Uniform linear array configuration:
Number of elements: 48
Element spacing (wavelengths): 0.5
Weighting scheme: cosine
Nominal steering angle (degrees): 45
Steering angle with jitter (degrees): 44.054
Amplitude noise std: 0.05
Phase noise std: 0.05

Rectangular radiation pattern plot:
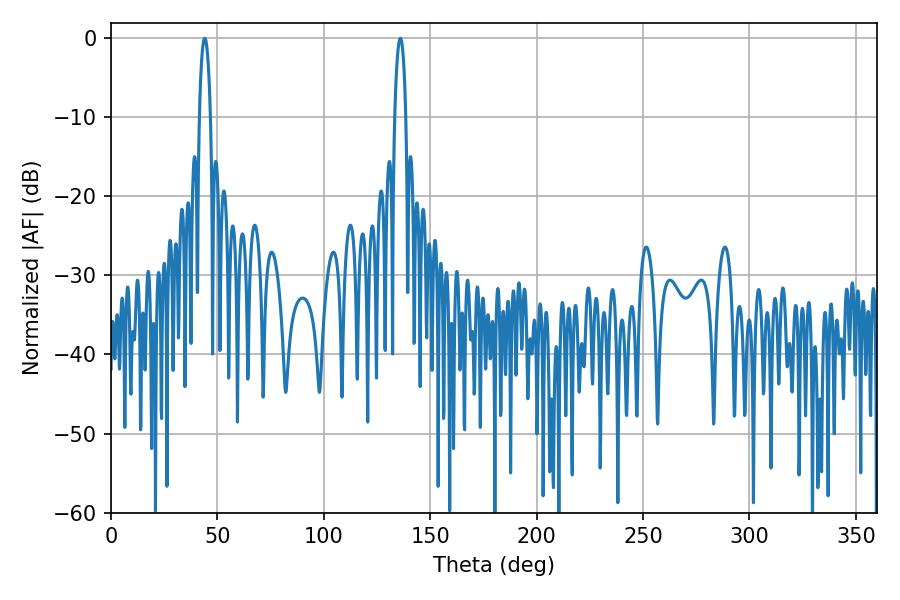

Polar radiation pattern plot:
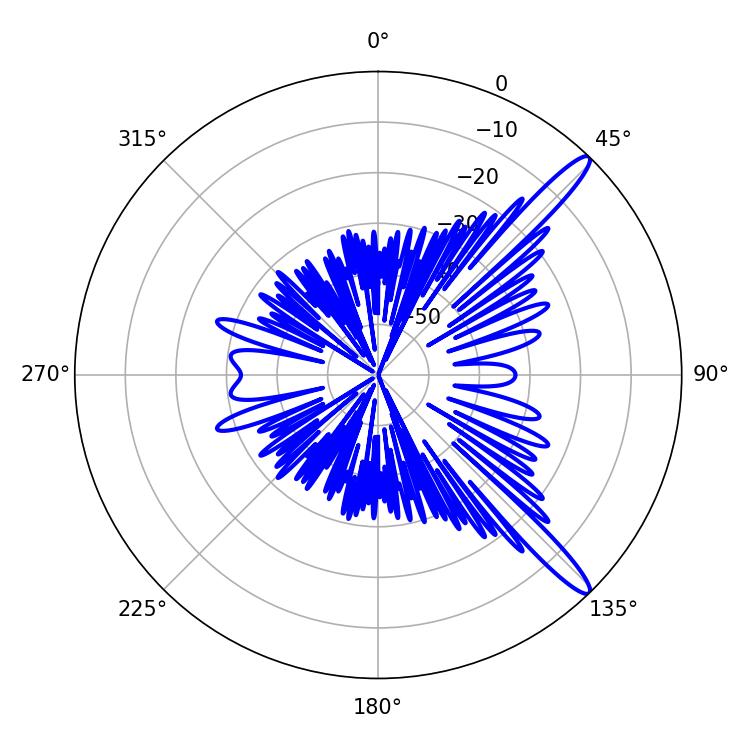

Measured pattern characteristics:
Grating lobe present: FALSE
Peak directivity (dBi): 13.927
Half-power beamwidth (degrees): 2.88
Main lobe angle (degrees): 135.9